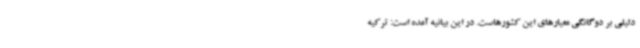
دلیلی بر دوگانگی معیارهای این کشورهاست. در این بیانیه آمده است: ترکیه